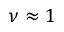
\nu \approx 1